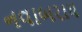
નવાબરાય